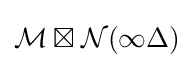
{\mathcal {M}}\boxtimes {\mathcal {N}}(\infty \Delta )